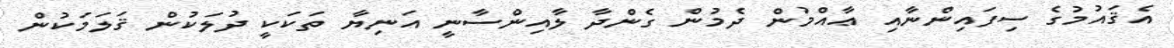
އެޤައުމުގެ ސިފައިންނާއި ޢާއްމުން ދެމުން ގެންދާ ލާއިންސާނީ އަނިޔާ ތަކަކީ ދުލަކުން ޤަލަމަކުން